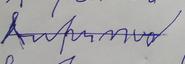
Signature authenticity: forged